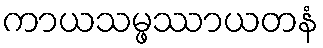
ကာယသမ္ဖဿာယတနံ